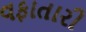
વફાતારી